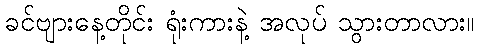
ခင်ဗျားနေ့တိုင်း ရုံးကားနဲ့ အလုပ် သွားတာလား။